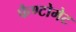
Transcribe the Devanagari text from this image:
फैण्टोमेट